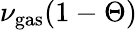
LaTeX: \nu_{\mathrm{gas}}(1-\Theta)